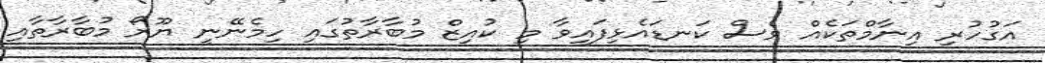
އަގުހުރި އިނާމްތަކެއް ވެސް ކަނޑައެޅިފައިވާ މި ކުއިޒް މުބާރާތުގައި ހިމެނޭނީ ޔޫރޯ މުބާރާތާއި